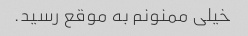
خیلی ممنونم به موقع رسید.